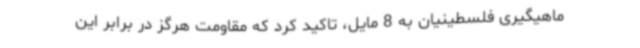
ماهیگیری فلسطینیان به 8 مایل، تاکید کرد که مقاومت هرگز در برابر این